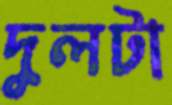
দুলটা